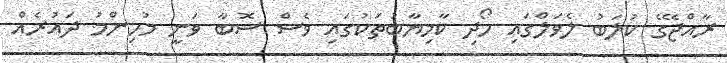
ރާއްޖޭގެ ކުލަބު ލެވަލްގައި ހޯދި ކާމިޔާބުތަކުގައި ވެސް ސޮބާ ވަނީ މުހިންމު ދައުރެއް